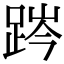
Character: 𨁊